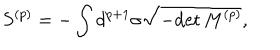
S ^ { ( p ) } = - \int d ^ { p + 1 } \sigma \sqrt { - \mathrm { d e t } \, M ^ { ( p ) } } ,